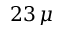
2 3 \, \mu